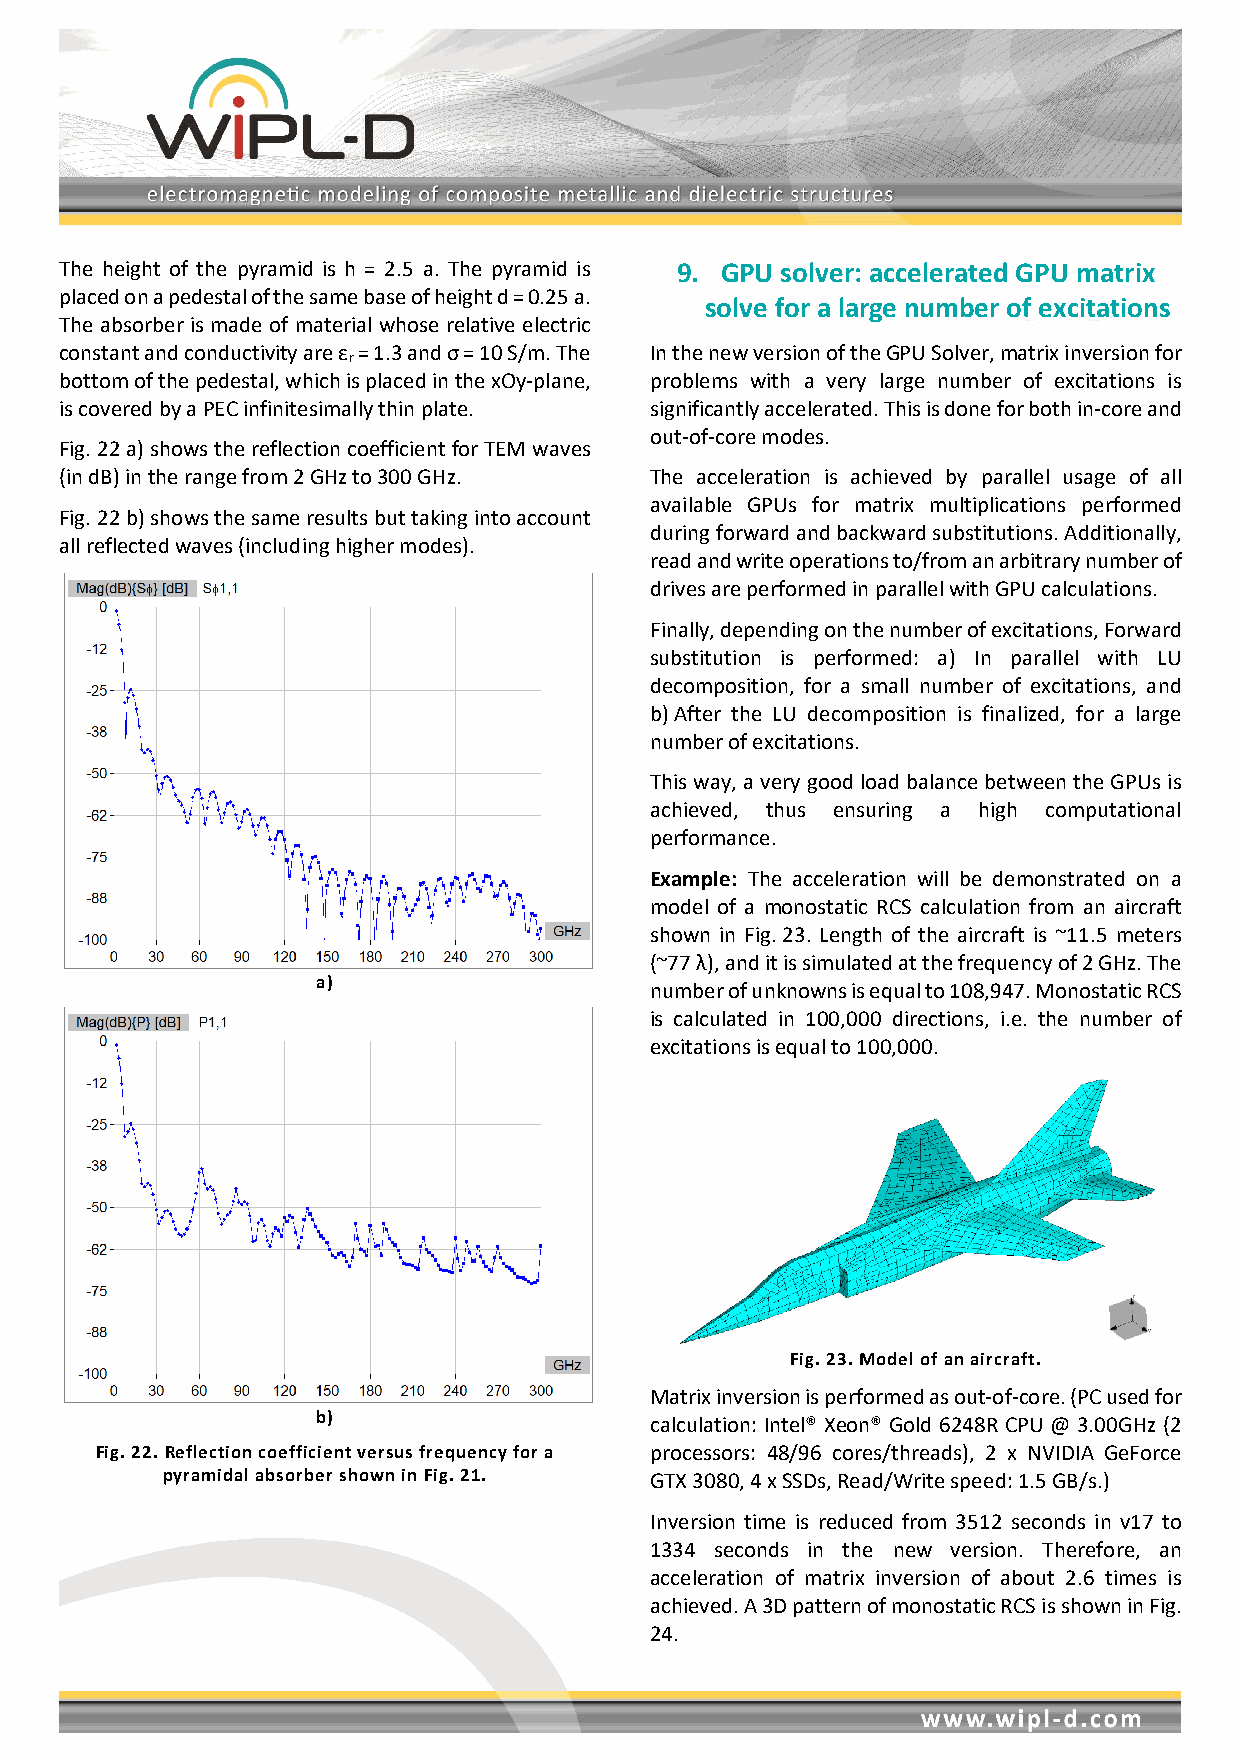
The height of the pyramid is h = 2.5 a. The pyramid is 9. GPU solver: accelerated GPU matrix
 placed on a pedestal of the same base of height d = 0.25 a.
 solve for a large number of excitations
 The absorber is made of material whose relative electric
 constant and conductivity are ε = 1.3 and σ = 10 S/m. The In the new version of the GPU Solver, matrix inversion for
 r
 bottom of the pedestal, which is placed in the xOy-plane, problems with a very large number of excitations is
 is covered by a PEC infinitesimally thin plate. significantly accelerated. This is done for both in-core and
 out-of-core modes.
 Fig. 22 a) shows the reflection coefficient for TEM waves
 (in dB) in the range from 2 GHz to 300 GHz. The acceleration is achieved by parallel usage of all
 available GPUs for matrix multiplications performed
 Fig. 22 b) shows the same results but taking into account
 during forward and backward substitutions. Additionally,
 all reflected waves (including higher modes).
 read and write operations to/from an arbitrary number of
 drives are performed in parallel with GPU calculations.
 Finally, depending on the number of excitations, Forward
 substitution is performed: a) In parallel with LU
 decomposition, for a small number of excitations, and
 b) After the LU decomposition is finalized, for a large
 number of excitations.
 This way, a very good load balance between the GPUs is
 achieved, thus ensuring a high computational
 performance.
 Example: The acceleration will be demonstrated on a
 model of a monostatic RCS calculation from an aircraft
 shown in Fig. 23. Length of the aircraft is ~11.5 meters
 (~77 λ), and it is simulated at the frequency of 2 GHz. The
 a)                    number of unknowns is equal to 108,947. Monostatic RCS
 is calculated in 100,000 directions, i.e. the number of
 excitations is equal to 100,000.
 Fig. 23. Model of an aircraft.
 Matrix inversion is performed as out-of-core. (PC used for
 b)                    calculation: Intel® Xeon® Gold 6248R CPU @ 3.00GHz (2
 Fig. 22. Reflection coefficient versus frequency for a processors: 48/96 cores/threads), 2 x NVIDIA GeForce
 pyramidal absorber shown in Fig. 21. GTX 3080, 4 x SSDs, Read/Write speed: 1.5 GB/s.)
 Inversion time is reduced from 3512 seconds in v17 to
 1334 seconds in the new version. Therefore, an
 acceleration of matrix inversion of about 2.6 times is
 achieved. A 3D pattern of monostatic RCS is shown in Fig.
 24.